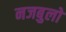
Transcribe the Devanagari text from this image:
नजबुलो